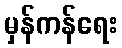
မှန်ကန်ရေး